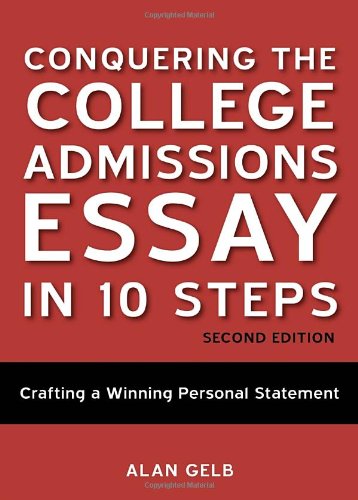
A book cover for Conquering the College Admissions Essay in 10 Steps, Second Edition: Crafting a Winning Personal Statement; Alan Gelb; Test Preparation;